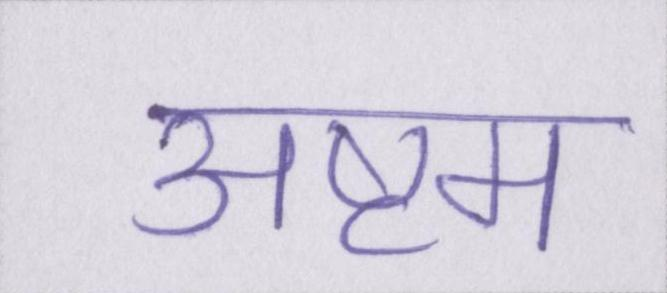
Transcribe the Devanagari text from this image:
अष्टम